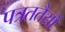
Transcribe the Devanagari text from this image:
पत्रततैयों